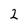
Character: 2